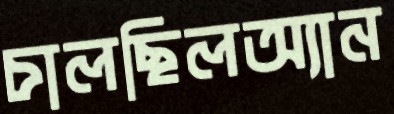
চালছিলঅ্যান